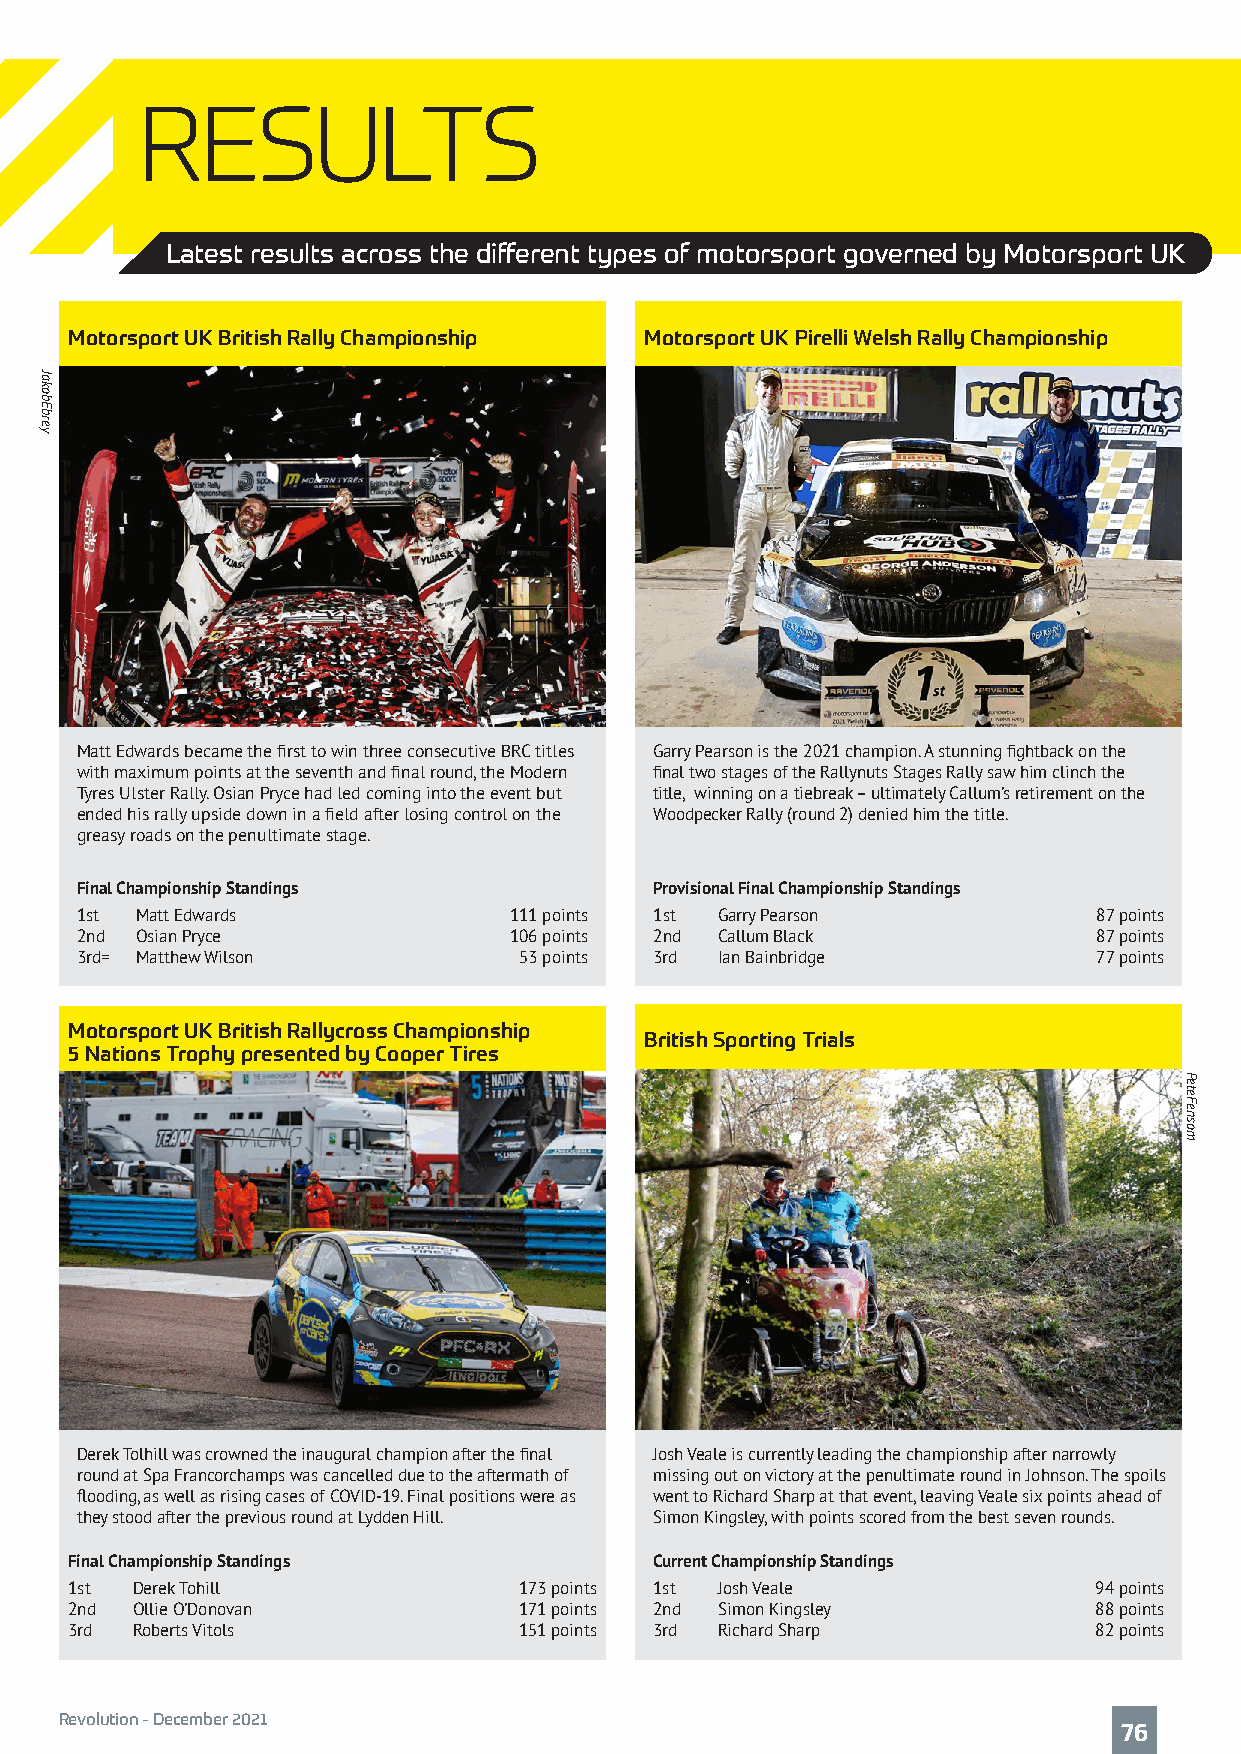
RESULTS
 Latest results across the different types of motorsport governed by Motorsport UK
 Motorsport UK British Rally Championship Motorsport UK Pirelli Welsh Rally Championship
 Matt Edwards became the first to win three consecutive BRC titles Garry Pearson is the 2021 champion. A stunning fightback on the
 with maximum points at the seventh and final round, the Modern final two stages of the Rallynuts Stages Rally saw him clinch the
 Tyres Ulster Rally. Osian Pryce had led coming into the event but title, winning on a tiebreak – ultimately Callum’s retirement on the
 ended his rally upside down in a field after losing control on the Woodpecker Rally (round 2) denied him the title.
 greasy roads on the penultimate stage.
 Final Championship Standings          Provisional Final Championship Standings
 1st Matt Edwards             111 points 1st Garry Pearson           87 points
 2nd Osian Pryce              106 points 2nd Callum Black            87 points
 3rd= Matthew Wilson          53 points 3rd Ian Bainbridge           77 points
 Motorsport UK British Rallycross Championship
 British Sporting Trials
 5 Nations Trophy presented by Cooper Tires
 Derek Tolhill was crowned the inaugural champion after the final Josh Veale is currently leading the championship after narrowly
 round at Spa Francorchamps was cancelled due to the aftermath of missing out on victory at the penultimate round in Johnson. The spoils
 flooding, as well as rising cases of COVID-19. Final positions were as went to Richard Sharp at that event, leaving Veale six points ahead of
 they stood after the previous round at Lydden Hill. Simon Kingsley, with points scored from the best seven rounds.
 Final Championship Standings           Current Championship Standings
 1st  Derek Tohill             173 points 1st Josh Veale             94 points
 2nd  Ollie O’Donovan          171 points 2nd Simon Kingsley         88 points
 3rd  Roberts Vitols           151 points 3rd Richard Sharp          82 points
 Revolution - December 2021
 76
 JakobEbrey
 PeteFensom